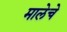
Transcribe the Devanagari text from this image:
मालेचे